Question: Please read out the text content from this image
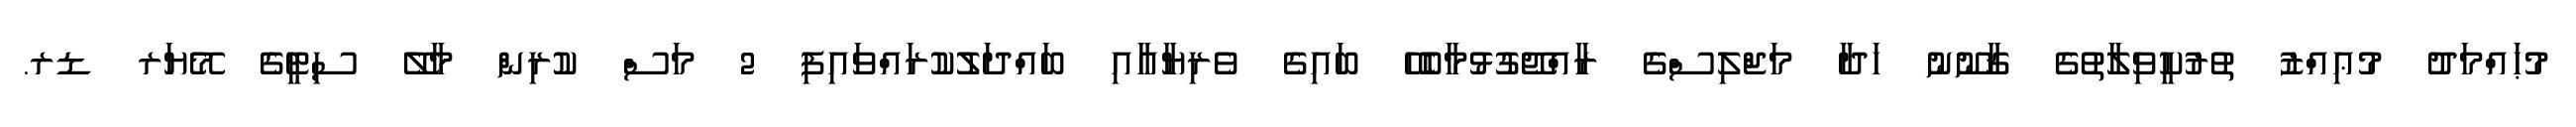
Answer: މުޙައްމަދު މުޢިއްޒު ތުރުކީވިލާތުގެ ޤާނޫނު ހަދާ މަޖްލިސްގެ ރާއްޖޭގުޅުމާބެހޭ ބައިގެ ވެރިޔާއާއި ބައްދަލުކުރައްވައިފި 2 މަސް ކުރިން މާލޭ ސިޓީގެ މޭޔަރ ޑރ.